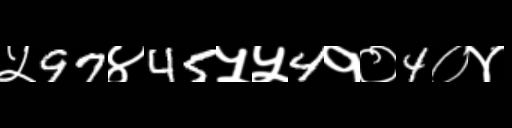
Text: ५97४45५५4१०4०४